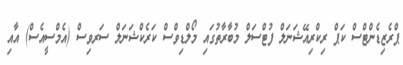
ޕްރެޒިޑެންޓްސް ކަޕް ރިކްރިއޭޝަނަލް ފުޓްސަލް މުބާރާތުގައި މޯލްޑިވްސް ކަރެކްޝަނަލް ސަރވިސް (އެމްސީއެސް) އާއި